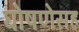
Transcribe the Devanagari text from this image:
घोषणेसह